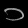
Digit: ၁